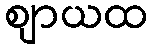
ဈာယထ